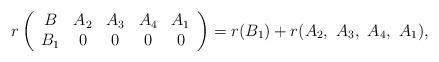
LaTeX: \begin{align*}&r\left(\begin{array}{ccccc}B & A_{2} & A_{3} & A_{4} & A_{1} \\B_{1} & 0 & 0 & 0 & 0 \\\end{array}\right)=r(B_{1})+r(A_{2},\ A_{3},\ A_{4},\ A_{1}),\\\end{align*}